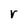
Character: r